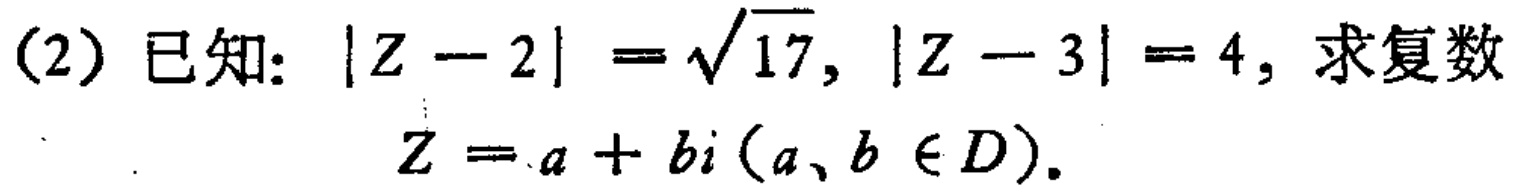
(2) 已知：\(\vert Z - 2\vert = \sqrt{17}\)，\(\vert Z - 3\vert = 4\)，求复数
\(Z = a + bi (a,b\in D)\)。